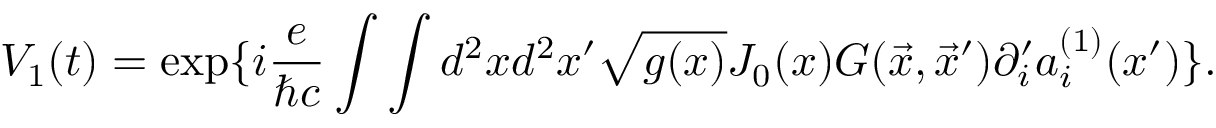
V _ { 1 } ( t ) = \exp \{ i { \frac { e } { \hbar c } } \int \int d ^ { 2 } x d ^ { 2 } x ^ { \prime } \sqrt { g ( x ) } J _ { 0 } ( x ) G ( \vec { x } , \vec { x } ^ { \prime } ) \partial _ { i } ^ { \prime } a _ { i } ^ { ( 1 ) } ( x ^ { \prime } ) \} .